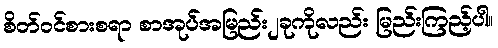
စိတ်ဝင်စားစရာ စာအုပ်အမြည်း၂ခုကိုလည်း မြည်းကြည့်ပါ။